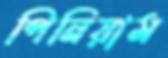
পিনিয়াম